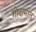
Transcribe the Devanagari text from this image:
गोदामात